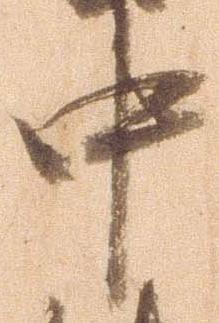
中